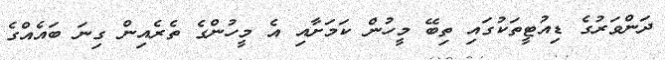
ދަންވަރުގެ ޑިއުޓީތަކުގައި ތިބޭ މީހުން ކަމަށާއި އެ މީހުންގެ ތެރެއިން ގިނަ ބައެއްގެ